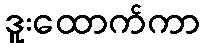
ဒူးထောက်ကာ